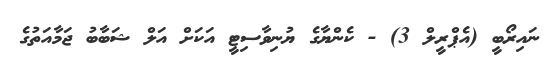
ނައިރޯބީ (އެޕްރީލް 3) - ކެންޔާގެ ޔުނިވާސިޓީ އަކަށް އަލް ޝަބާބު ޖަމާއަތުގެ